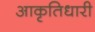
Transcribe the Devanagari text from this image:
आकृतिधारी